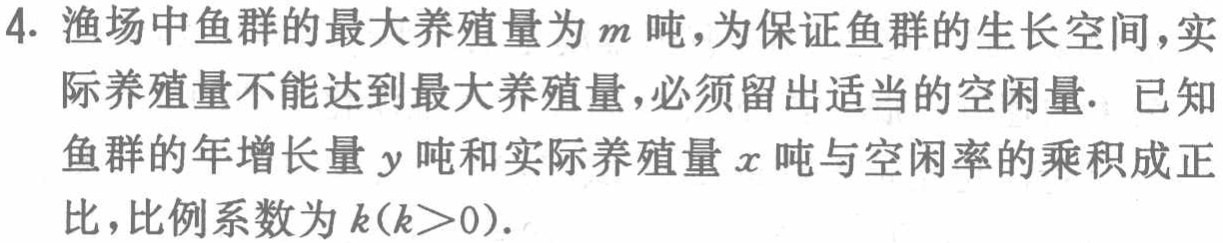
4. 渔场中鱼群的最大养殖量为\(m\)吨，为保证鱼群的生长空间，实际养殖量不能达到最大养殖量，必须留出适当的空闲量. 已知鱼群的年增长量\(y\)吨和实际养殖量\(x\)吨与空闲率的乘积成正比，比例系数为\(k(k > 0)\).